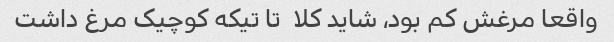
واقعا مرغش کم بود، شاید کلا  تا تیکه کوچیک مرغ داشت